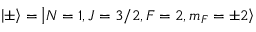
\left| \pm \right\rangle = \left| N = 1 , J = 3 / 2 , F = 2 , m _ { F } = \pm 2 \right\rangle